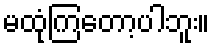
မထုံကြတော့ပါဘူး။